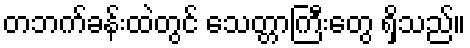
တဘက်ခန်းထဲတွင် သေတ္တာကြီးတွေ ရှိသည်။